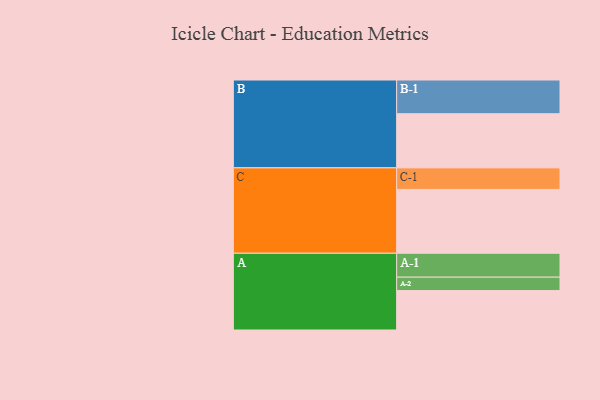
{"axis": {"x": "Segment", "y": "Value"}, "legend": ["", "A", "B", "C"], "data": [{"x": "A", "y": 305, "type": ""}, {"x": "B", "y": 419, "type": ""}, {"x": "C", "y": 494, "type": ""}, {"x": "A-1", "y": 185, "type": "A"}, {"x": "A-2", "y": 104, "type": "A"}, {"x": "B-1", "y": 261, "type": "B"}, {"x": "C-1", "y": 167, "type": "C"}]}